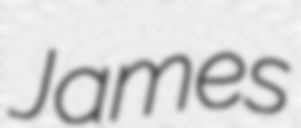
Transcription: James